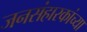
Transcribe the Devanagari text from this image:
जनसंहारकांच्या